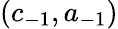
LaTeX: (c_{-1},a_{-1})